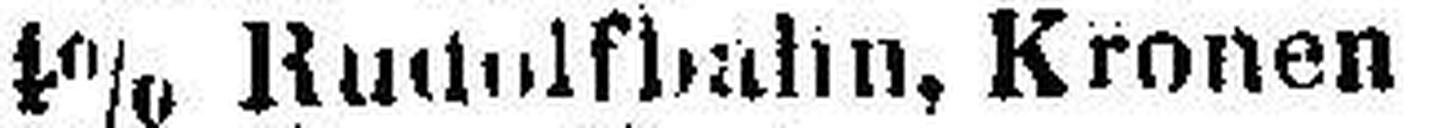
4% Rudolfbahn, Kronen